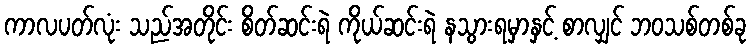
ကာလပတ်လုံး သည်အတိုင်း စိတ်ဆင်းရဲ ကိုယ်ဆင်းရဲ နသွားရမှာနှင့် စာလျှင် ဘဝသစ်တစ်ခု